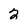
Character: 2